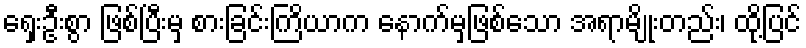
ရှေးဦးစွာ ဖြစ်ပြီးမှ စားခြင်းကြိယာက နောက်မှဖြစ်သော အရာမျိုးတည်း၊ ထို့ပြင်